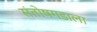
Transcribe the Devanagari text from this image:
संतोषगडाला